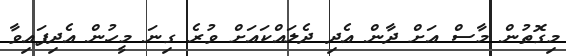
މިގޮތުން މާސް އަށް ދާން އެދި ދެލައްކައަށް ވުރެ ގިނަ މީހުން އެދިފައިވާ